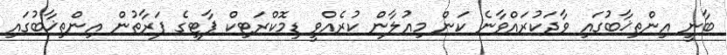
ބާނީ އިންތިޚާބުގައި ވާދަކުރައްވާނެ ކަން މިއުލާން ކުރެއްވީ ޑިމޮކްރަޓިކް ޕާޓީގެ ފަރާތުން އިންތިޚާބުގައި